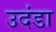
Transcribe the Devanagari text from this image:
उदंडा